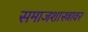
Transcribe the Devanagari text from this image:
समाजशास्त्रावर